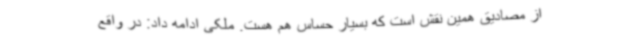
از مصادیق همین نقش است که بسیار حساس هم هست. ملکی ادامه داد: در واقع